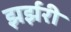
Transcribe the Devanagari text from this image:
झर्झरी